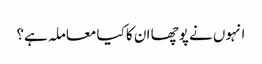
انہوں نے پوچھا ان کا کیا معاملہ ہے؟